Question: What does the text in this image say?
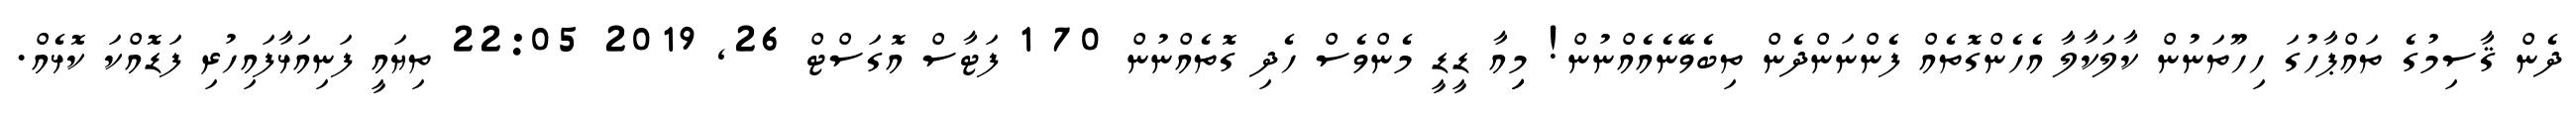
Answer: ދެން ޤާސިމުގެ ތައްޕާހުގަ ހިހޫތަނުން ކާލަކާލާ އެހެންގޮތެއް ފެންނަންދެން ތިބެވޭނެއެއްނުން! މިިިއާ ޑީޑީ މެންވެސް ހެދި ގޮތެއްނުން 70 1 ފަޓާސް އޮގަސްޓް 26, 2019 22:05 ތިޔައީ ފަނިއަޅާފައިހުރި ފަޑޮއްކަ ކޮޅެއް.